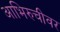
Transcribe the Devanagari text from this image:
आभिरुचीवर